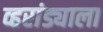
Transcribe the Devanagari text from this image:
व्हरांड्याला